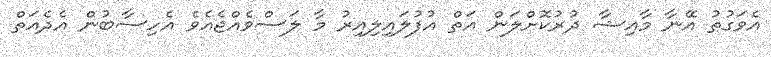
އެވަގުތު އޭނާ މާއިޝާ ދުރުކޮށްލަން އަތް އުފުލައިލިއިރު މާ ލަސްވެއްޖެއެވެ އެހިސާބުން އެދެއަތް